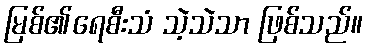
မြစ်၏ရေစီးသံ သဲ့သဲသာ ဖြစ်သည်။